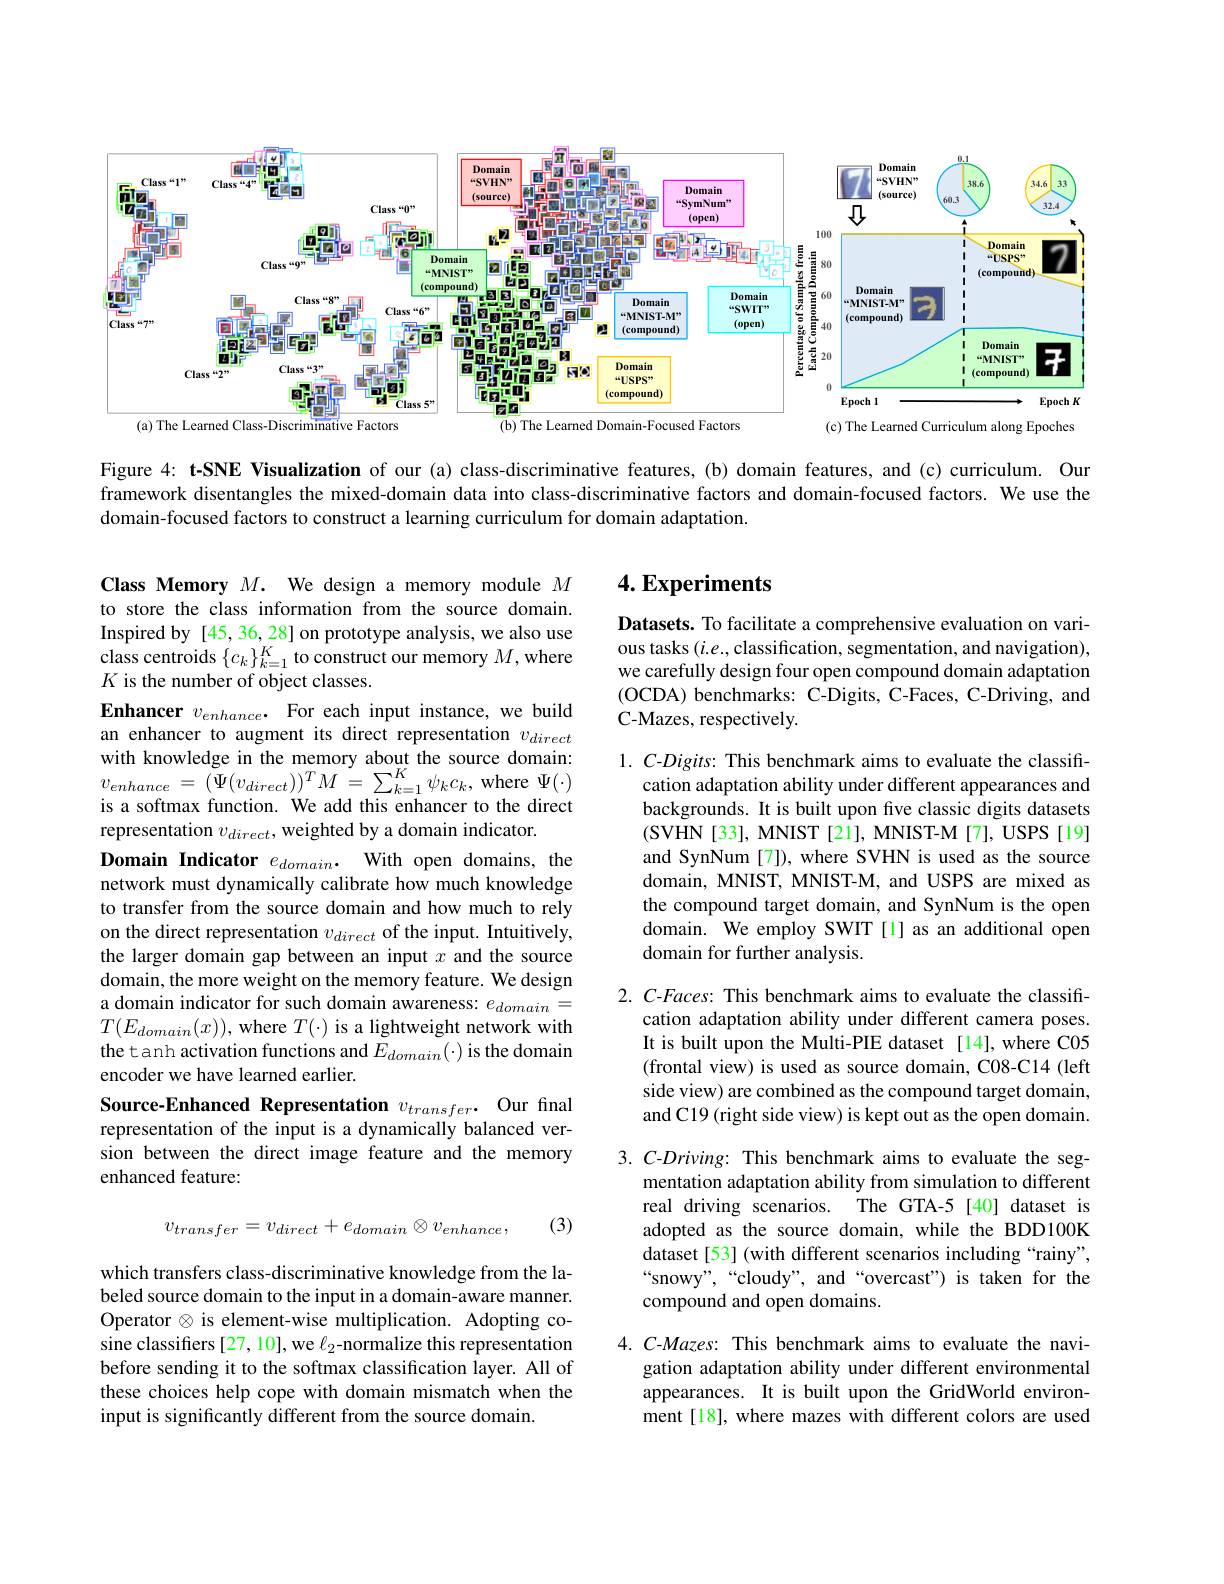
<FigureHere>

Figure 4: t-SNE Visualization of our (a) class-discriminative features, (b) domain features, and (c) curriculum. Our framework disentangles the mixed-domain data into class-discriminative factors and domain-focused factors. We use the domain-focused factors to construct a learning curriculum for domain adaptation.

## $4. \textbf{Experiments}$

Datasets. To facilitate a comprehensive evaluation on various tasks $(i.e.$,classification, segmentation, and navigation), we carefully design four open compound domain adaptation (OCDA) benchmarks: C-Digits, C-Faces, C-Driving, and C-Mazes, respectively.

Class Memory $M.$ We design a memory module $M$ to store the class information from the source domain. Inspired by [45,36,28] on prototype analysis, we also use class centroids $\{c_k\}_{k=1}^K$ to construct our memory $M$,where $K$ is the number of object classes.
Enhancer $v_{enhance}.$ For each input instance, we build an enhancer to augment its direct representation $v_{direct}$ with knowledge in the memory about the source domain: is a softmax function. We add this enhancer to the direct representation $v_{direct}$, weighted by a domain indicator.
Domain Indicator $e_domain.$ With open domains, the network must dynamically calibrate how much knowledge to transfer from the source domain and how much to rely on the direct representation $v_direct$ of the input. Intuitively, the larger domain gap between an input $x$ and the source domain, the more weight on the memory feature. We design a domain indicator for such domain awareness: $e_{domain}=$ $T(E_{domain}(x))$, where $T(\cdot)$ is a lightweight network with the tanh activation functions and $\tilde{E}_{domain}(\cdot)$ is the domain encoder we have learned earlier.
Source-Enhanced Representation $v_{transfer}.$ Our final

1. C-Digits: This benchmark aims to evaluate the classifi-
cation adaptation ability under different appearances and backgrounds. It is built upon five classic digits datasets (SVHN[33], MNIST[21], MNIST-M[7], USPS[19] and SynNum[7]), where SVHN is used as the source domain, MNIST, MNIST-M, and USPS are mixed as the compound target domain, and SynNum is the open domain. We employ SWIT[1] as an additional open domain for further analysis.

2. C-Faces: This benchmark aims to evaluate the classifi-
cation adaptation ability under different camera poses. It is built upon the Multi-PIE dataset [14],where C05 (frontal view) is used as source domain, C08-C14 (left side view) are combined as the compound target domain, and C19 (right side view) is kept out as the open domain.

representation of the input is a dynamically balanced version between the direct image feature and the memory enhanced feature:
$$v_{transfer}=v_{direct}+e_{domain}\otimes v_{enhance},$$
(3)

3.C-Driving: This benchmark aims to evaluate the seg-
mentation adaptation ability from simulation to different real driving scenarios. The GTA-5[40] dataset is adopted as the source domain, while the BDD100K dataset[53] (with different scenarios including“rainy”, “snowy”,“cloudy”, and“overcast") is taken for the compound and open domains.

which transfers class-discriminative knowledge from the labeled source domain to the input in a domain-aware manner. Operator $\otimes$ is element-wise multiplication. Adopting cosine classifiers [27, 10], we $\ell_2$-normalize this representation before sending it to the softmax classification layer. All of these choices help cope with domain mismatch when the input is significantly different from the source domain.

4.C-Mazes: This benchmark aims to evaluate the navi-
gation adaptation ability under different environmental appearances. It is built upon the GridWorld environment[18], where mazes with different colors are used